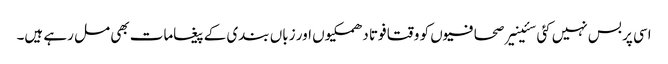
اسی پر بس نہیں کئی سئینیر صحافیوں کو وقتا فوتا دھمکیوں اور زباں بندی کے پیغامات بھی مل رہے ہیں۔